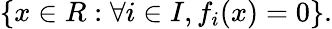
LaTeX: \{ x\in R:\forall i\in I,f_{i}(x)=0\} .